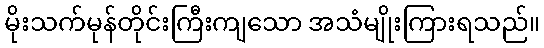
မိုးသက်မုန်တိုင်းကြီးကျသော အသံမျိုးကြားရသည်။